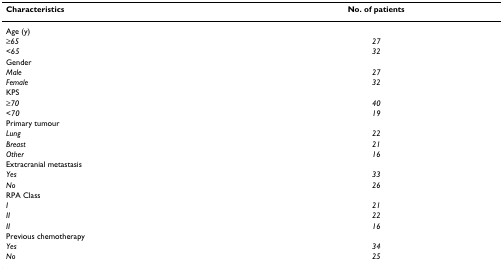
| Characteristics | No. of patients |
 | --- | --- |
 | Age (y) |  |
 | ≥65 | 27 |
 | <65 | 32 |
 | Gender |  |
 | Male | 27 |
 | Female | 32 |
 | KPS |  |
 | ≥70 | 40 |
 | <70 | 19 |
 | Primary tumour |  |
 | Lung | 22 |
 | Breast | 21 |
 | Other | 16 |
 | Extracranial metastasis |  |
 | Yes | 33 |
 | No | 26 |
 | RPA Class |  |
 | I | 21 |
 | II | 22 |
 | II | 16 |
 | Previous chemotherapy |  |
 | Yes | 34 |
 | No | 25 |